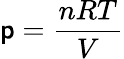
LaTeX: \mathsf{p}={\frac{{nRT}}{{V}}}